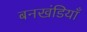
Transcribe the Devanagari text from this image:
बनखंडियाँ